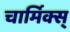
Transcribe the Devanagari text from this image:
चार्मिक्स्